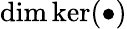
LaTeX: \mathrm{dim}\, \mathrm{ker}(\bullet)